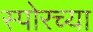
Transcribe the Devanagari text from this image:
स्पोरच्या